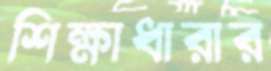
শিক্ষাধারার